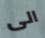
الى